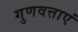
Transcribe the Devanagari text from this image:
गुणवत्ताएं